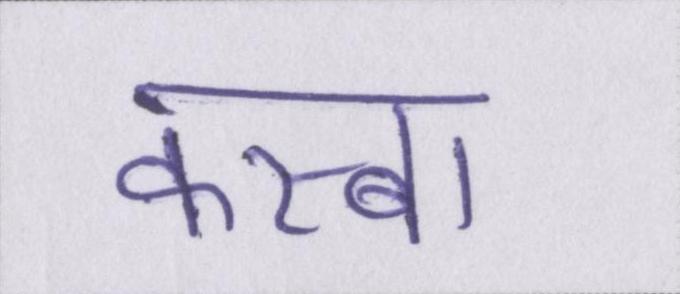
कस्बा